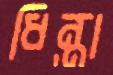
ধিন্তা